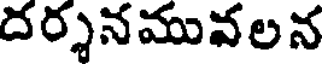
దర్శనమువలన